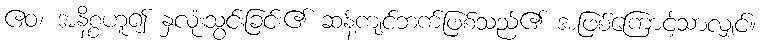
ဧဝ၊ အနိစ္စဟူ၍ နှလုံးသွင်းခြင်း၏ ဆန့်ကျင်ဘက်ဖြစ်သည်၏ အဖြစ်ကြောင့်သာလျှင်။